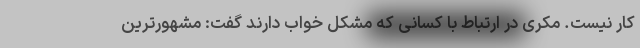
کار نیست. مکری در ارتباط با کسانی که مشکل خواب دارند گفت: مشهورترین